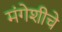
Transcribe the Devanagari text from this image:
मंगेशीचे